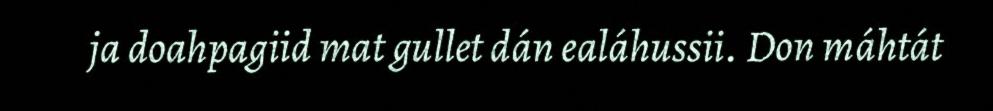
ja doahpagiid mat gullet dán ealáhussii. Don máhtát